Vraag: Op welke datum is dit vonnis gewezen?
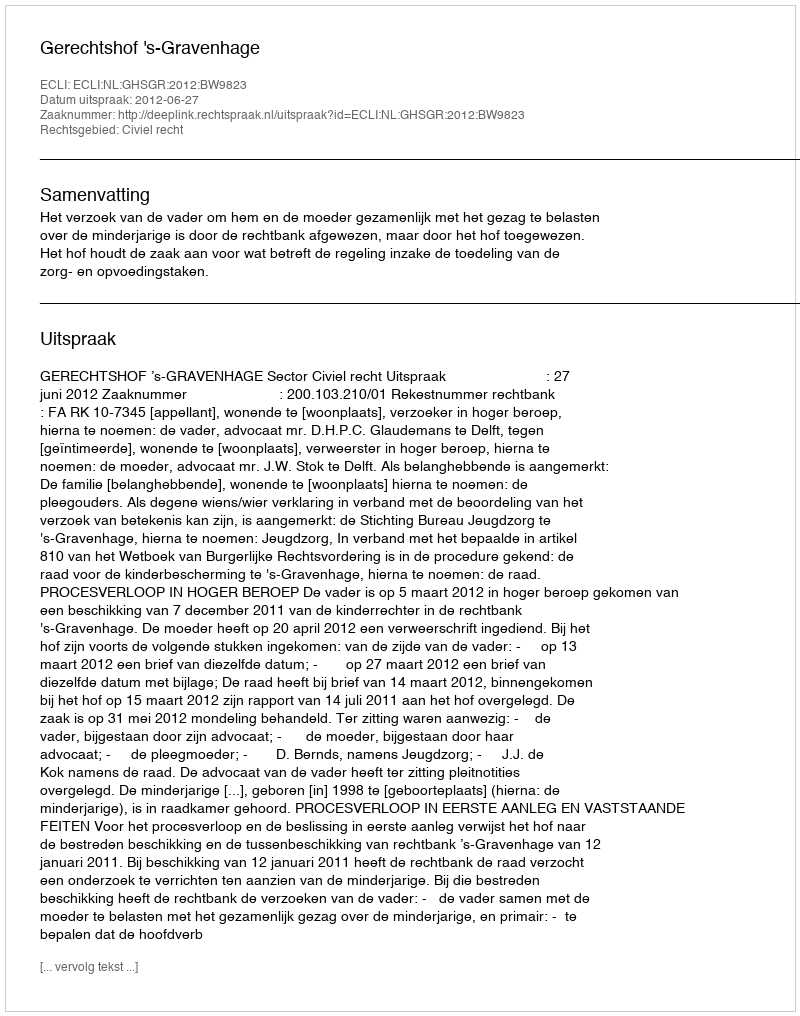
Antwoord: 2012-06-27